Bombay plague: being a history of the progress of plague in the Bombay presidency from September 1896 to June 1899
Year: 1896
Disease focus: Plague
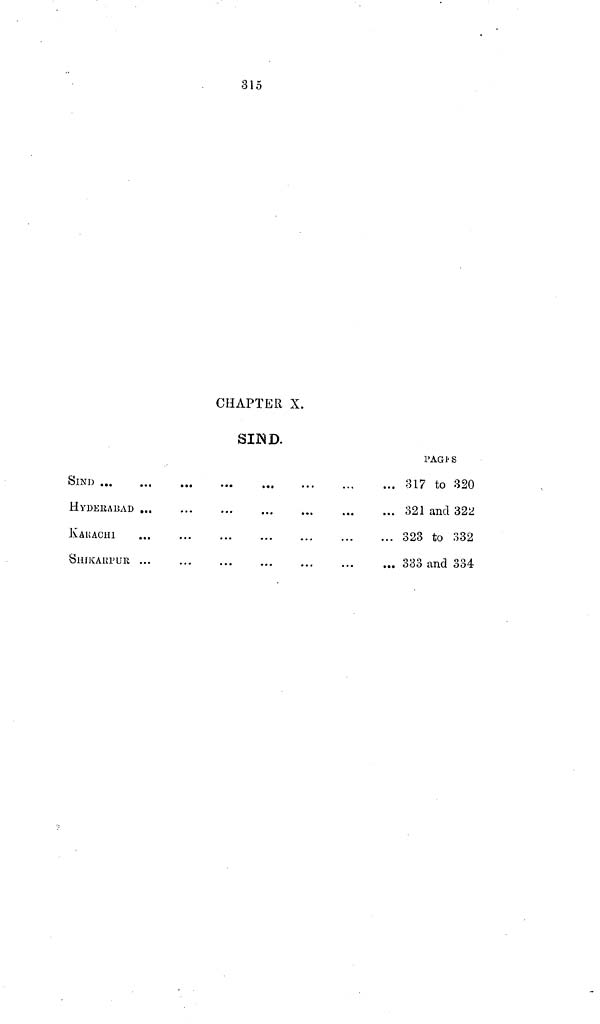
315
CHAPTER X.
SIND.
SIND
...
...
...
...
...
...
...
...
H.YDERABAD ... ... ... ... ... ... ... ...
KARACHI ... ... ... ... ... ... ... ...
SHIKAKPUR ... ... ... ... ... ... ... ...
PAGE'S
317 to 320
321 and 322
323 to 332
333 and 334